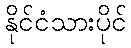
နိုင်ငံသားပိုင်